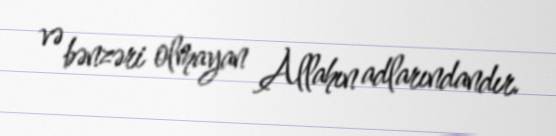
və bənzəri olmayan Allahın adlarındandır.